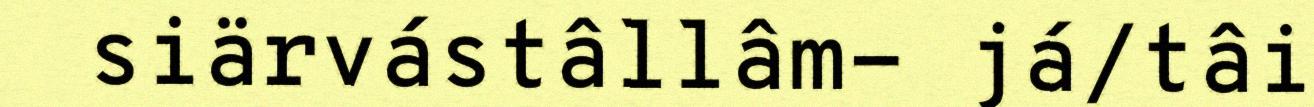
siärvástâllâm- já/tâi